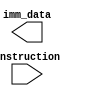
module Immidiate_data_gen(
  input [31:0]instruction,
  output reg [63:0] imm_data);
  
  //add x19, x0, x1 => 0000000|00001|00000|000|10011|0110011 => 000000001100
//sub x12. x19, x3 => 0100000|00011|10011|000|01100|0110011
 reg [11:0] temp;
  wire [51:0] temp2;
  always @(*)
    begin
      case(instruction[6:5])
        2'b00: //I
        begin
          temp = instruction[31:20];
        end
        2'b01: //S
        begin
          temp = {instruction[31:25],instruction[11:7]};
        end
        2'b11:  //beq
        begin
          temp = {instruction[31],instruction[7], instruction[30:25],instruction[11:8] };
        end
      endcase
    end
  
endmodule